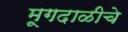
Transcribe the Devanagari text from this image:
मूगदाळीचे